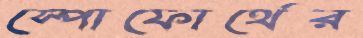
স্পোফোর্থের